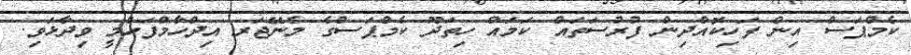
ކެމްޕަސް އިން ފަހިކޮއްދިން ފުރުސަތައް ކަމައް ހިތަދޫ ކެމްޕަސްގެ މެނޭޖަރ އިދްހާމްފަހްމީ ވިދާޅަވި.